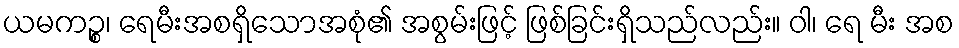
ယမကဉ္စ၊ ရေမီးအစရှိသောအစုံ၏ အစွမ်းဖြင့် ဖြစ်ခြင်းရှိသည်လည်း။ ဝါ၊ ရေ မီး အစ